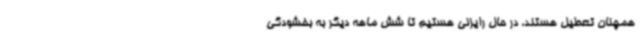
همچنان تعطیل هستند، در حال رایزنی هستیم تا شش ماهه دیگر به بخشودگی